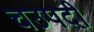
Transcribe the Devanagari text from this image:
चउपदी